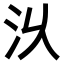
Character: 𣲄